Bombay plague: being a history of the progress of plague in the Bombay presidency from September 1896 to June 1899
Year: 1896
Disease focus: Plague
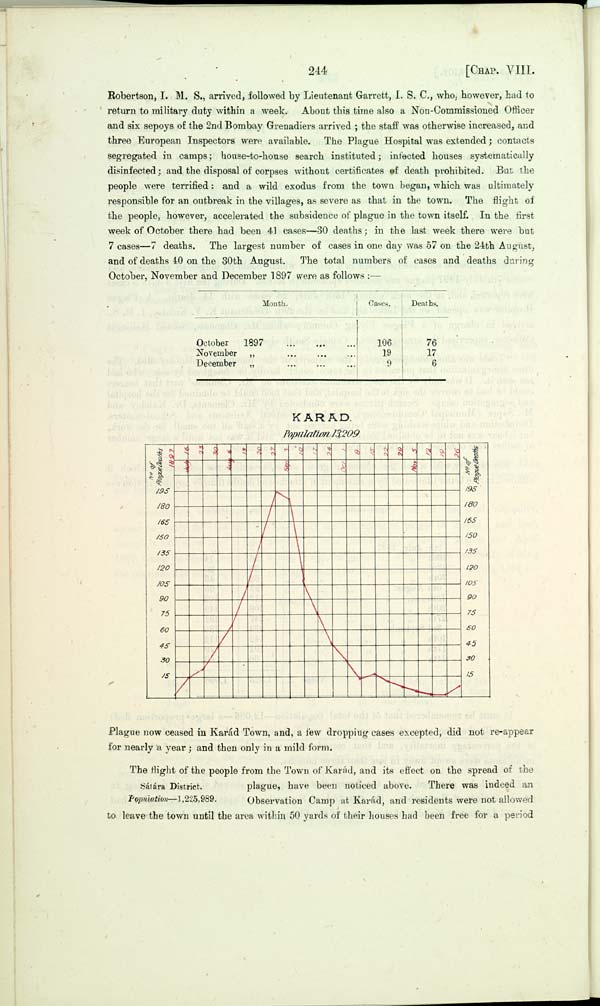
244
[CHAP. VIII.
Robertson, I. M. S., arrived, followed by Lieutenant Garrett, I. S. C., who, however, had to
return to military duty within a week. About this time also a Non-Commissioned Officer
and six sepoys of the 2nd Bombay Grenadiers arrived; the staff was otherwise increased, and
three European Inspectors were available. The Plague Hospital was extended; contacts
segregated in camps; house-to-house search instituted; infected houses systematically
disinfected; and the disposal of corpses without certificates of death prohibited. But the
people were terrified: and a wild exodus from the town began, which was ultimately
responsible for an outbreak in the villages, as severe as that in the town. The flight of
the people, however, accelerated the subsidence of plague in the town itself. In the first
week of October there had been 41 cases—30 deaths; in the last week there were but
7 cases—7 deaths. The largest number of cases in one day was 57 on the 24th August,
and of deaths 40 on the 30th August. The total numbers of cases and deaths during
October, November and December 1897 were as follows:—
Month.
October
1897
November
"
December
"
Cases.
106
19
9
Deaths.
76
17
6
KARAD.
Population 13,209.
Plague now ceased in Karád Town, and, a few dropping cases excepted, did not re-appear
for nearly a year; and then only in a mild form.
Sátára District.
Population—1,225,989.
The flight of the people from the Town of Karád, and its effect on the spread of the
plague, have been noticed above. There was indeed an
Observation Camp at Karád, and residents were not allowed
to leave the town until the area within 50 yards of their houses had been free for a period